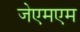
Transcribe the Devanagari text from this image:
जेएमएम